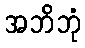
အဘိဘုံ